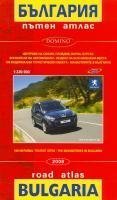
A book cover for Bulgaria Road Atlas; Domino; Travel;